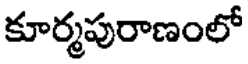
కూర్మపురాణంలో